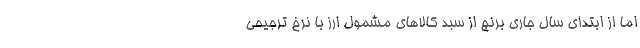
اما از ابتدای سال جاری برنج از سبد کالاهای مشمول ارز با نرخ ترجیحی